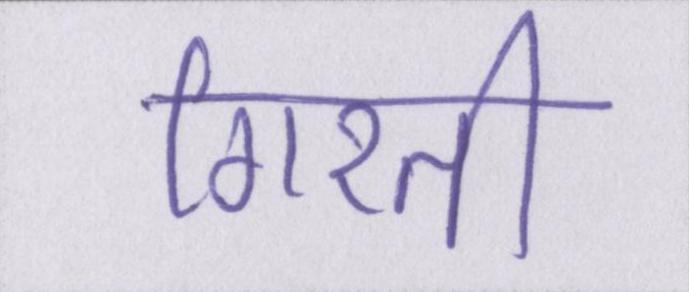
गिरती